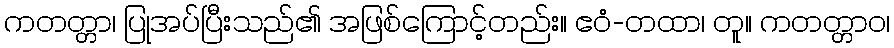
ကတတ္တာ၊ ပြုအပ်ပြီးသည်၏ အဖြစ်ကြောင့်တည်း။ ဧဝံ-တထာ၊ တူ။ ကတတ္တာဝ၊